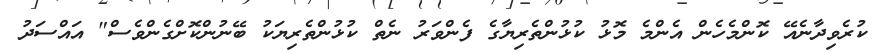
ކުރެވިދާނެއޭ ކޮންމެހެން އެންމެ މޮޅު ކުޅުންތެރިޔާގެ ފެންވަރު ނެތް ކުޅުންތެރިޔަކު ބޭނުންކޮށްގެންވެސް" އައްސަދު